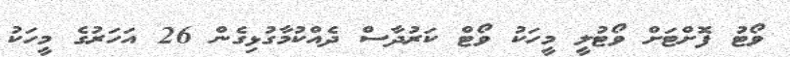
ވޯޓު ފޮށްޓަށް ވޯޓުލީ މީހަކު ވޯޓް ކަރުދާސް ދެއްކުމާގުޅިގެން 26 އަހަރުގެ މީހަކު